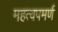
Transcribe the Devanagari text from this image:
महत्‍वपमर्ण